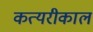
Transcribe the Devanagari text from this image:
कत्यरीकाल